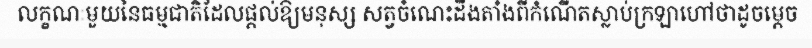
លក្ខណៈមួយនៃធម្មជាតិដែលផ្តល់ឱ្យមនុស្ស សត្វចំណេះដឹងតាំងពីកំណើតស្លាប់ក្រឡាហៅថាដូចម្តេច